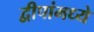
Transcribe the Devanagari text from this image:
द्वीपांमध्ये